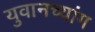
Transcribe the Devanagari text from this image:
युवानच्यांग